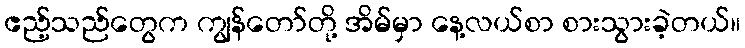
ဧည့်သည်တွေက ကျွန်တော်တို့ အိမ်မှာ နေ့လယ်စာ စားသွားခဲ့တယ်။